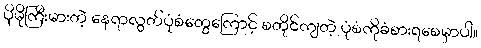
ပိုမိုကြီးမားတဲ့ နေရာလွတ်ပုံစံတွေကြောင့် စတိုင်ကျတဲ့ ပုံစံကိုခံစားရစေမှာပါ။